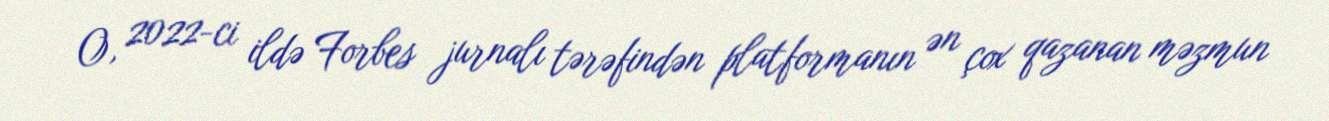
O, 2022-ci ildə Forbes jurnalı tərəfindən platformanın ən çox qazanan məzmun